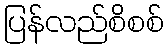
ပြန်လည်စိစစ်